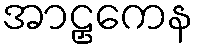
အာဠှကေန